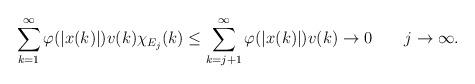
LaTeX: \begin{align*}\sum_{k=1}^\infty \varphi(|x(k)|) v(k)\chi_{E_j}(k) \le \sum_{k=j+1}^\infty \varphi(|x(k)|)v(k)\to 0 \ \ \ \ \ \ j\to \infty.\end{align*}